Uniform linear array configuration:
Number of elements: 24
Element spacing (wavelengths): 0.5
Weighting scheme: exponential
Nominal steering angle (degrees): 15
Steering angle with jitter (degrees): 16.406
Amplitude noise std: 0.05
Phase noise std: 0.05

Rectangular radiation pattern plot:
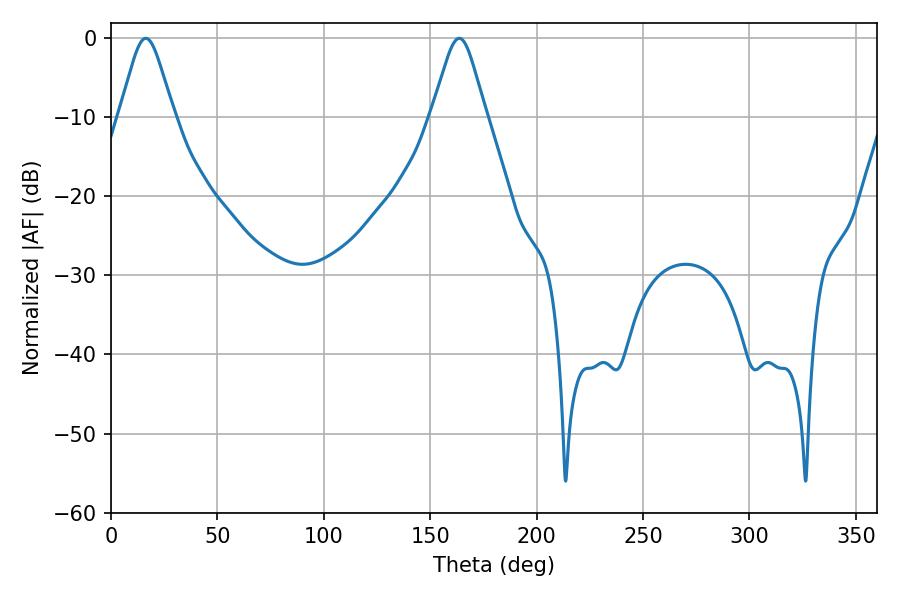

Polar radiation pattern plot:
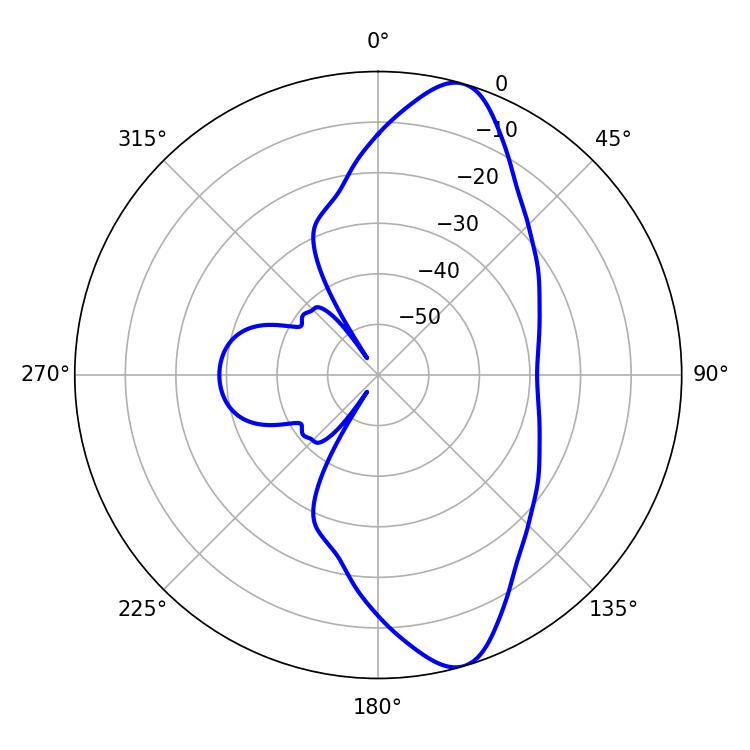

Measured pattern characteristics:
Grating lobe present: FALSE
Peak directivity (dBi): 11.143
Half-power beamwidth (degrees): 12.24
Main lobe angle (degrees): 16.38